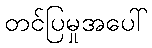
တင်ပြမှုအပေါ်